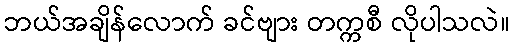
ဘယ်အချိန်လောက် ခင်ဗျား တက္ကစီ လိုပါသလဲ။